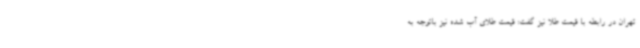
تهران در رابطه با قیمت طلا نیز گفت: قیمت طلای آب شده نیز باتوجه به